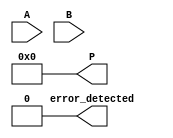
module Fault_Tolerant_Wallace_Tree_Multiplier #(parameter WIDTH = 8) (
    input  [WIDTH-1:0] A,
    input  [WIDTH-1:0] B,
    output reg [2*WIDTH-1:0] P,
    output reg error_detected
);

// Intermediate signals for partial products
wire [WIDTH-1:0] partial_products[WIDTH-1:0];
wire [2*WIDTH-1:0] sum[WIDTH:0]; // To hold intermediate sums
reg [WIDTH-1:0] parity; // Parity bits for error detection

// Generate partial products
genvar i, j;
generate
    for (i = 0; i < WIDTH; i = i + 1) begin : pp_gen
        for (j = 0; j < WIDTH; j = j + 1) begin : pp_gen_inner
            assign partial_products[i][j] = A[i] & B[j];
        end
    end
endgenerate

// Wallace Tree Reduction
integer k;
always @(*) begin
    // Initialize sums
    for (k = 0; k < WIDTH; k = k + 1) begin
        sum[k] = {WIDTH{1'b0}};
    end

    // First level reduction
    for (k = 0; k < WIDTH; k = k + 1) begin
        sum[0] = sum[0] + {partial_products[k], k}; // Align partial products
    end

    // Further reduction levels
    for (k = 1; k < WIDTH; k = k + 1) begin
        sum[k] = sum[k-1] >> 1; // Simple shift for demonstration, use full/half adders in practice
    end

    // Final addition of last two rows
    P = sum[WIDTH-1] + sum[WIDTH-2];

    // Parity check for error detection
    parity = ^P; // Simple parity bit for error detection
    error_detected = (parity != 0); // Error detected if parity is non-zero
end

endmodule